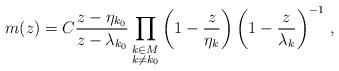
LaTeX: \begin{align*} m(z)=C \frac{z-\eta_{k_0}}{z-\lambda_{k_0}} \prod_{\substack{k\in M\\k\ne k_0}} \left(1-\frac{z}{\eta_k}\right) \left(1-\frac{z}{\lambda_k}\right)^{-1}\,, \end{align*}